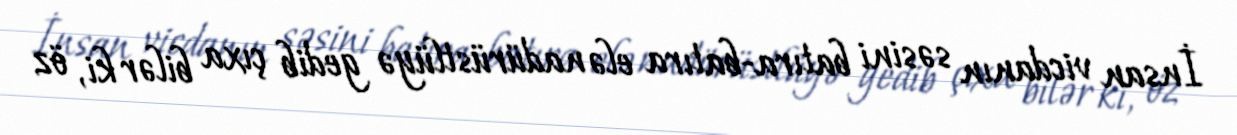
İnsan vicdanın səsini batıra-batıra elə nadürüstlüyə gedib çıxa bilər ki, öz